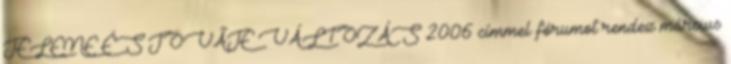
JELENE ÉS JÖVÃJE VÁLTOZÁS 2006 címmel fórumot rendez március